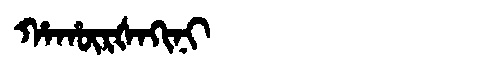
Manchu: ᡥᠠᡥᡡᡵᡧᠠᡴᡳᠨᡳ
Romanization: HAHŪRŠAKINI